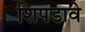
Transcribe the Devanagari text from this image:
शिपडावे